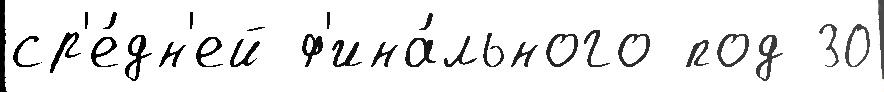
ср'е́дн'ей ф'ина́льного под 30